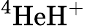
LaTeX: \mathrm{^4HeH^{+}}